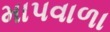
માપવાળા